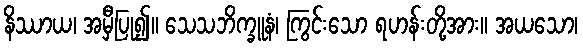
နိဿာယ၊ အမှီပြု၍။ သေသဘိက္ခူနံ၊ ကြွင်းသော ရဟန်းတို့အား။ အယသော၊